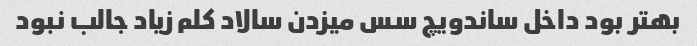
بهتر بود داخل ساندویچ سس میزدن سالاد کلم زیاد جالب نبود